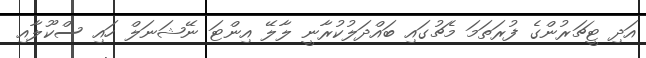
އަދި ޓީޗަރުންގެ ފުރަތަމަ މެޗުގައި ބައްދަލުކުރާނީ ލާލޭ އިންޓަ ނޭޝަނަލް ހައި ސްކޫލާއި